Lunatic asylums in Bengal annual reports 1888-1898 - 1888-1898
Year: 1888
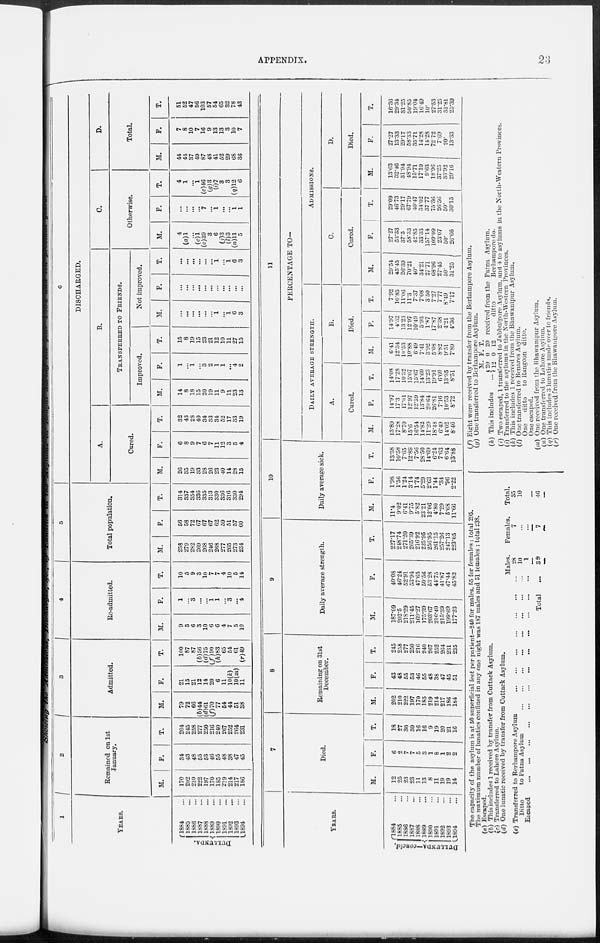
APPENDIX.
23
Showing the Admissions, Discharges &c., of Lunatics in
1
YEARS.
DULLUNDA.
1884 ...
1885 ...
1886 ...
1887 ...
1888 ...
1889 ...
1890 ...
1891 ...
1892 ...
1893 ...
1894 ...
2
Remained on 1st
January.
M.
170
202
210
222
197
170
185
219
214
217
186
F.
34
43
48
55
53
46
55
48
38
47
45
T.
204
245
258
277
250
216
240
267
252
264
231
3
Admitted.
M.
79
72
66
(b)44
(d)61
(f)70
77
54
44
51
38
F.
21
15
21
12
14
20
6
11
10(k)
10(m)
11
T.
100
87
87
(b)56
(d)75
(f)90
(h)83
65
54
61
(r)49
4
Re-admitted.
M.
9
5
6
3
10
6
6
4
7
5
10
F.
1
...
3
...
...
1
1
...
3
...
4
T.
10
5
9
3
10
7
7
4
10
5
14
5
Total population.
M.
258
279
282
269
268
246
268
277
265
273
234
F.
56
58
72
67
67
67
62
59
51
57
60
T.
314
337
354
336
335
313
330
336
316
330
294
6
DISCHARGED.
A.
Cured.
M.
26
35
19
33
28
26
23
40
14
28
15
F.
6
8
9
7
6
7
11
12
3
5
4
T.
32
43
28
40
34
33
34
52
17
33
19
B.
TRANSFERRED TO FRIENDS.
Improved.
M.
14
8
18
15
20
19
11
9
11
23
13
F.
1
...
1
...
3
2
1
1
...
4
2
T.
15
8
19
15
23
21
12
10
11
27
15
Not improved.
M.
...
...
...
...
...
...
1
...
1
6
3
F.
...
...
...
...
...
...
...
...
...
...
...
T.
...
...
...
...
...
...
1
...
1
6
3
C.
Otherwise.
M.
4
(a)1
...
(c)1
(c)39
3
6
(j)3
(l)3
(n)11
5
F.
...
...
...
...
7
...
1
...
...
1
1
T.
4
1
...
1
(e)46
(g)3
(i)7
3
3
(q)12
6
D.
Total.
M.
44
44
37
49
87
48
41
52
29
68
36
F.
7
8
10
7
16
9
13
13
3
10
7
T.
51
52
47
56
103
57
54
65
32
78
43
YEARS.
DULLUNDA—concld
1884 ...
1885 ...
1886 ...
1887 ...
1888 ...
1889 ...
1890 ...
1891 ...
1892 ...
1893 ...
1894
...
7
Died.
M.
12
25
23
23
11
13
8
11
19
19
14
F.
6
2
7
7
5
3
1
8
1
2
2
T.
18
27
30
30
16
16
9
19
20
21
16
8
Remaining on 31st
December.
M.
202
210
222
197
170
185
219
214
217
186
184
F.
43
48
55
53
46
55
48
38
47
45
51
T.
245
258
277
250
216
240
267
252
264
231
235
9
Daily average strength.
M.
187.09
202.5
218.29
211.45
169.27
175.39
203.67
216.40
215.39
199.69
177.23
F.
40.08
46.24
52.91
53.94
47.65
50.56
53.28
44.75
41.87
47.44
45.82
T.
227.17
248.74
271.20
265.39
216.92
225.95
256.95
261.15
257.26
247.13
223.05
10
Daily average sick.
M.
11.4
9.02
6.41
9.75
5.82
23.21
12.06
4.80
7.29
5.68
11.66
F.
1.98
1.56
1.24
3.14
1.74
5.29
2.63
1.44
.34
.96
2.22
T.
13.38
10.58
7.65
12.89
7.56
28.50
14.69
6.24
7.63
6.64
13.88
11
PERCENTAGE TO—
DAILY AVERAGE STRENGTH.
A.
Cured.
M.
13.89
17.28
8.70
15.6
16.54
14.82
11.29
18.48
6.49
14.02
8.46
F.
14.97
17.3
17.01
12.97
12.59
13.84
20.64
26.81
7.16
10.53
8.72
T.
14.08
17.28
10.32
15.07
15.67
14.60
13.23
19.91
6.60
13.35
8.51
B.
Died.
M.
6.41
12.34
10.53
10.88
6.49
7.41
3.92
5.08
8.82
9.51
7.89
F.
14.97
4.32
13.23
12.97
10.49
5.93
1.87
17.87
2.38
4.21
4.36
T.
7.92
10.85
11.06
11.3
7.37
7.08
3.50
7.27
7.77
8.49
7.17
ADMISSIONS.
C.
Cured.
M.
29.54
45.45
26.39
70.21
40.
34.21
27.71
68.96
27.45
50.
31.25
F.
27.27
53.33
37.5
58.33
42.85
33.33
157.14
109.09
23.07
50.
26.66
T.
29.09
46.73
29.17
67.79
40.47
34.02
37.77
75.36
26.56
50.
30.15
D.
Died.
M.
13.63
32.46
31.94
48.94
15.71
17.10
9.63
18.96
37.25
33.92
29.16
F.
27.27
13.33
29.17
58.33
35.71
14.28
14.28
72.72
7.69
20.
13.33
T.
16.36
29.34
31.25
50.85
19.04
16.49
10.
27.53
31.25
31.81
25.39
The capacity of the asylum is at 50 superficial feet per patient—240 for males, 55 for females : total 295.
The maximum number of lunatics confined in any one night was 187 males and 51 females : total 238.
(a) Escaped.
(b) This includes 1 received by transfer from Cuttack Asylum.
(c) Transferred to Lahore Asylum.
(d) One lunatic received by transfer from Cuttack Asylum.
(e) Transferred to Berhampore Asylum
...
...
...
...
...
...
...
Ditto
to Patna Asylum ... ... ... ... ... ... ...
Escaped ... ... ... ... ... ... ... ... ... ... ...
Total
Males.
28
10
1
39
Females.
7
...
...
7
Total.
35
10
46
(f) Eight were received by transfer from the Berhampore Asylum.
(g) One transferred to Berhampore Asylum.
(h) This includes
M.
20
12
F.
0
0
T.
20
12
received from the Patna Asylum.
ditto
Berhampore do.
(i) Two escaped, 1 transferred to Jabbulpore Asylum, and 4 to asylums in the North-Western Provinces.
(j) Transferred to the asylums in the North-Western Provinces.
(k) This includes 1 received from the Bhawanipur Asylum.
(l) One transferred to Benares Asylum.
One
ditto
to Rangoon ditto.
One escaped.
(m) One received from the Bhawanipur Asylum.
(n) One transferred to Lahore Asylum.
(q) This includes 3 lunatics made over to friends.
(r) One received from the Bhawanipore Asylum.